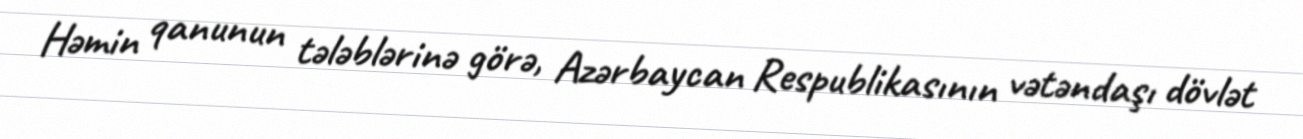
Həmin qanunun tələblərinə görə, Azərbaycan Respublikasının vətəndaşı dövlət